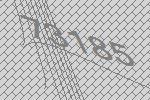
73185